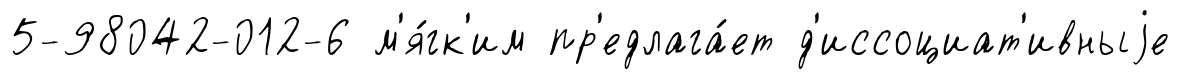
5-98042-012-6 м'я́гк'им пр'едлага́ет д'иссоциат'ивныjе